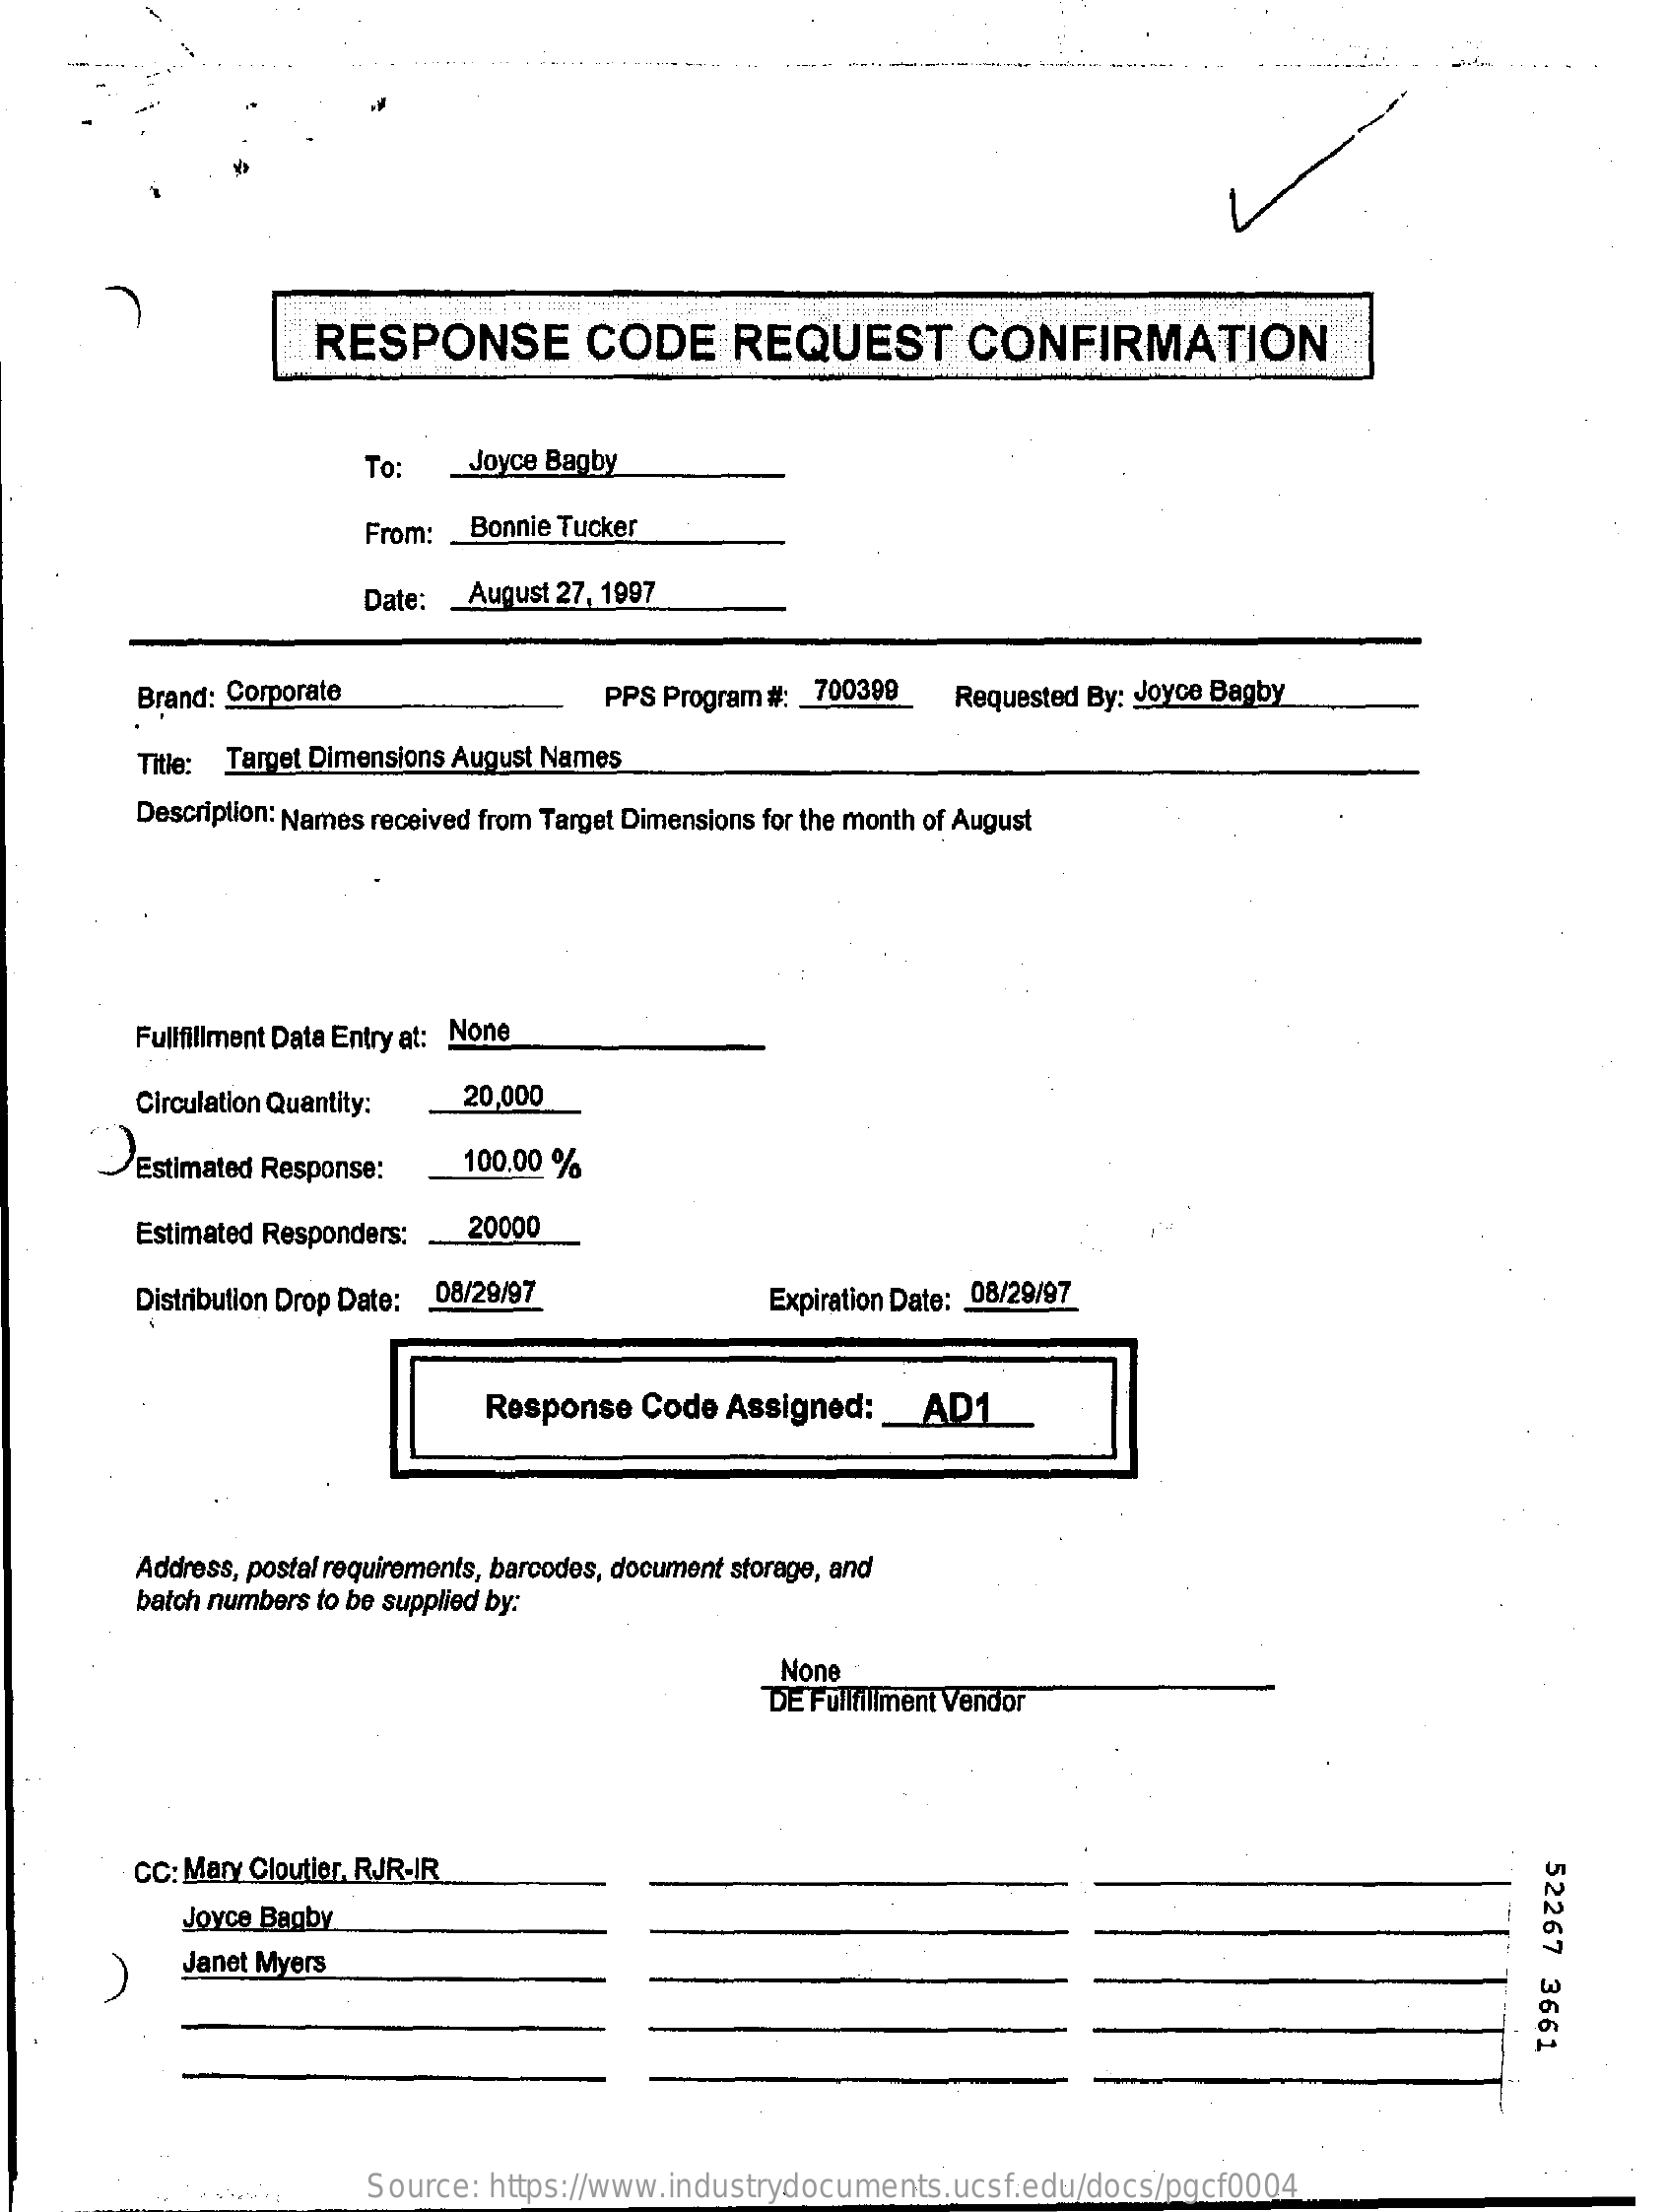
RESPONSE    CODE    REQUEST    CONFIRMATION
     To:    Joyce Bagby
     From: _ Bonnie Tucker
     Date:  August 27, 1997
     Brand: Corporate    PPS Program #: 700399    Requested By: Joyce Bagby
     Title: Target Dimensions August Names
     Description: Names received from Target Dimensions for the month of August
     Fullfillment Data Entry at: None
     Circulation Quantity:  20,000
     Estimated Response:    100.00 %
     Estimated Responders:  20000
     Distribution Drop Date: 08/29/97    Expiration Date: 08/29/97
     Response  Code  Assigned:   _ AD1_
     Address, postal requirements, barcodes, document storage, and
     batch numbers to be supplied by:
     None
     DE Fulfillment Vendor
     CC: Mary Cloutier, RJR-IR
     52267
     3661
     Joyce Bagby
     A
     Janet Myers
     Source: https://www.industrydocuments.ucsf.edu/docs/pgcf0004